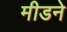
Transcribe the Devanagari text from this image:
मीडने